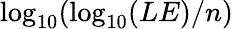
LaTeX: \log_{{10}}(\log_{{10}}(LE)/n)